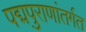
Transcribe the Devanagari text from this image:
पद्मपुराणांतर्गत